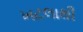
ખટલાથી